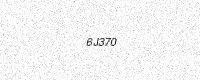
Text: 6J370